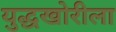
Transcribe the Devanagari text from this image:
युद्धखोरीला